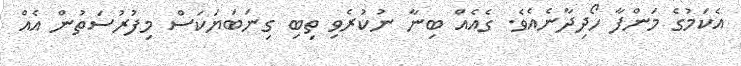
އެކަމުގެ މަންފާ ހޯދިދާނެއެވެ. ގެއެއް ބިނާ ނުކުރެވި ތިބި ގިނަބަޔަކަސް މިފުރުސަތުން އެއް